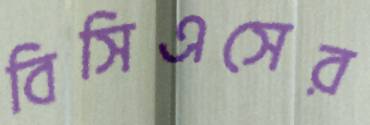
বিসিএসের